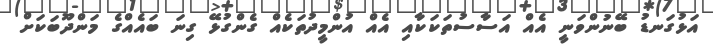
އަޅުގަނޑު ބޭނުންވަނީ އެއް އަސާސުތަކަކާއި އެއް އުންމީދުތަކެއް ގެންގުޅޭ ގިނަ ބައެއްގެ މަންދޫބަކަށް